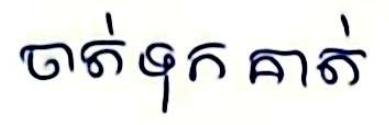
ចាត់ទុក គាត់